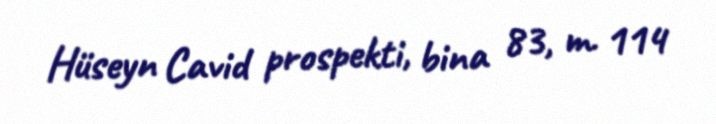
Hüseyn Cavid prospekti, bina 83, m. 114